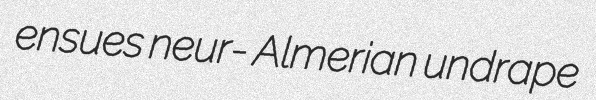
ensues neur- Almerian undrape